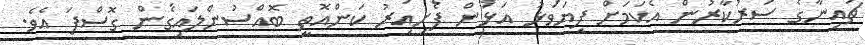
ޗައިނާގެ ސަރުކާރުން އެކަމަށް ފިޔަވަޅު އަޅަން ފެށިއިރު ކަންއޮތީ ބޮއްސުންލައިގެން ގޮސްފަ އެވެ.